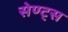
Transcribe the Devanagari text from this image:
सेण्ट्स